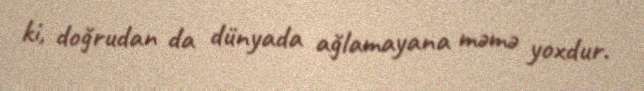
ki, doğrudan da dünyada ağlamayana məmə yoxdur.